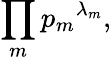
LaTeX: \prod_{m}{p_{m}}^{\lambda_{m}},